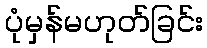
ပုံမှန်မဟုတ်ခြင်း